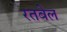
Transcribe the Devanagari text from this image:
रतबेल